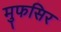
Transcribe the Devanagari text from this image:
मुफसिर